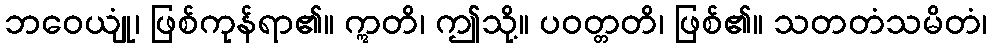
ဘဝေယျုံ၊ ဖြစ်ကုန်ရာ၏။ ဣတိ၊ ဤသို့။ ပဝတ္တတိ၊ ဖြစ်၏။ သတတံသမိတံ၊